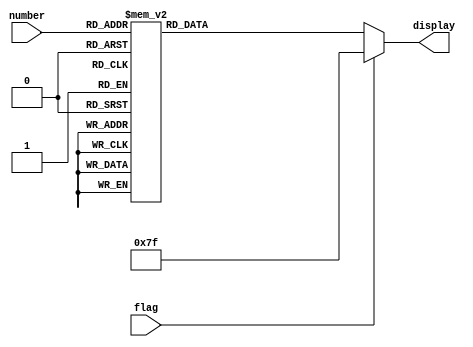
module decodificador(flag,number, display);

input [3:0] number;
input flag;
output reg[6:0] display;
reg kkkk;

always @ (number) begin
	
	if(flag == 1) display <= 7'b1111111;
	else begin
		case (number)
		1: display <= 7'b1001111;
		2: display <= 7'b0010010;
		3: display <= 7'b0000110;
		4: display <= 7'b1001100;
		5: display <= 7'b0100100;
		6: display <= 7'b0100000;
		7: display <= 7'b0001101;
		8: display <= 7'b0000000;
		9: display <= 7'b0000100;
		default: display <= 7'b0000001;
		endcase
	end
	
end

endmodule